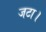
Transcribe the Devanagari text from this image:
जटा।